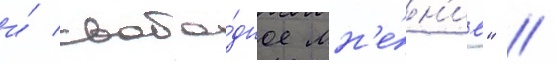
и́ свобо́дное мн'е́н'ие" //